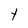
Character: t